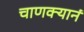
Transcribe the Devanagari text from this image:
चाणक्यानं